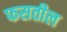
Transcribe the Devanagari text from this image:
फसतील